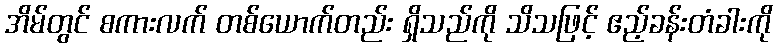
အိမ်တွင် စကားလက် တစ်ယောက်တည်း ရှိသည်ကို သိသဖြင့် ဧည့်ခန်းတံခါးကို